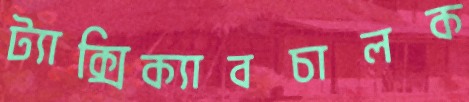
ট্যাক্সিক্যাবচালক